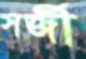
সর্জী